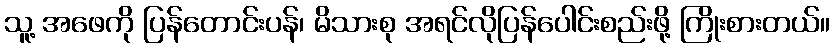
သူ့ အဖေကို ပြန်တောင်းပန်၊ မိသားစု အရင်လိုပြန်ပေါင်းစည်းဖို့ ကြိုးစားတယ်။